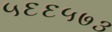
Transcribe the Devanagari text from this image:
५६६५७३